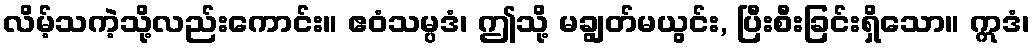
လိမ့်သကဲ့သို့လည်းကောင်း။ ဧဝံသမ္ပဒံ၊ ဤသို့ မချွတ်မယွင်း, ပြီးစီးခြင်းရှိသော။ ဣဒံ၊